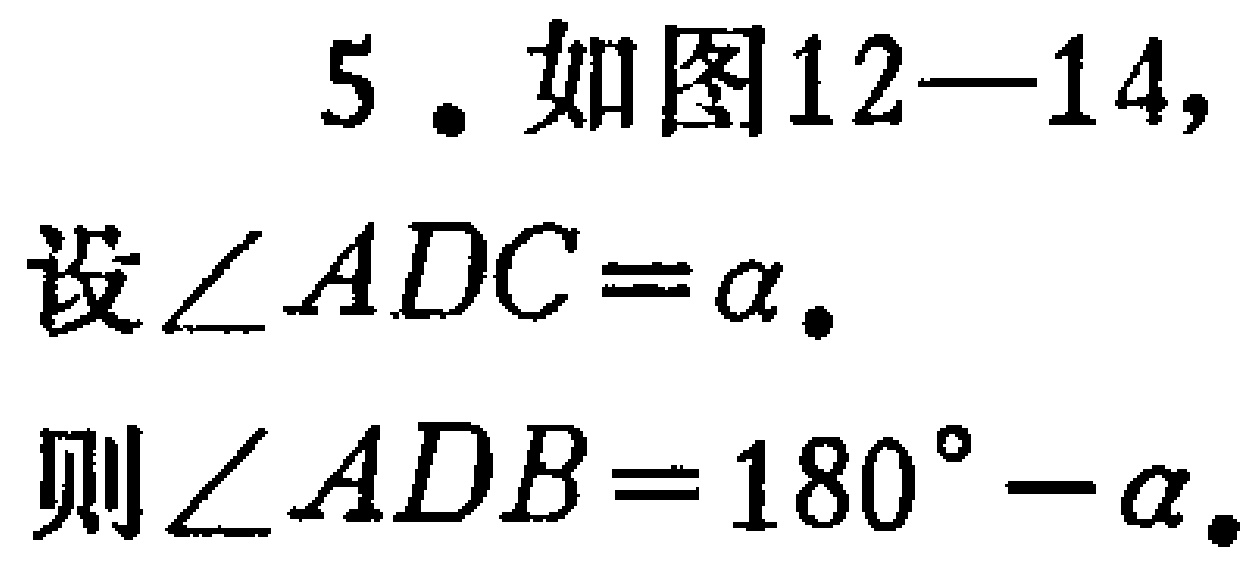
5. 如图12—14,
设\(\angle ADC = \alpha\).
则\(\angle ADB = 180^{\circ}-\alpha\).